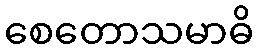
စေတောသမာဓိ